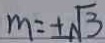
m = \pm \sqrt { 3 }